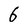
Character: 6